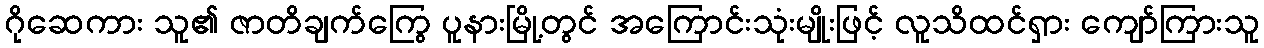
ဂိုဆေကား သူ၏ ဇာတိချက်ကြွေ ပူနားမြို့တွင် အကြောင်းသုံးမျိုးဖြင့် လူသိထင်ရှား ကျော်ကြားသူ